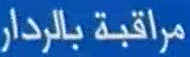
مراقبة بالرادار